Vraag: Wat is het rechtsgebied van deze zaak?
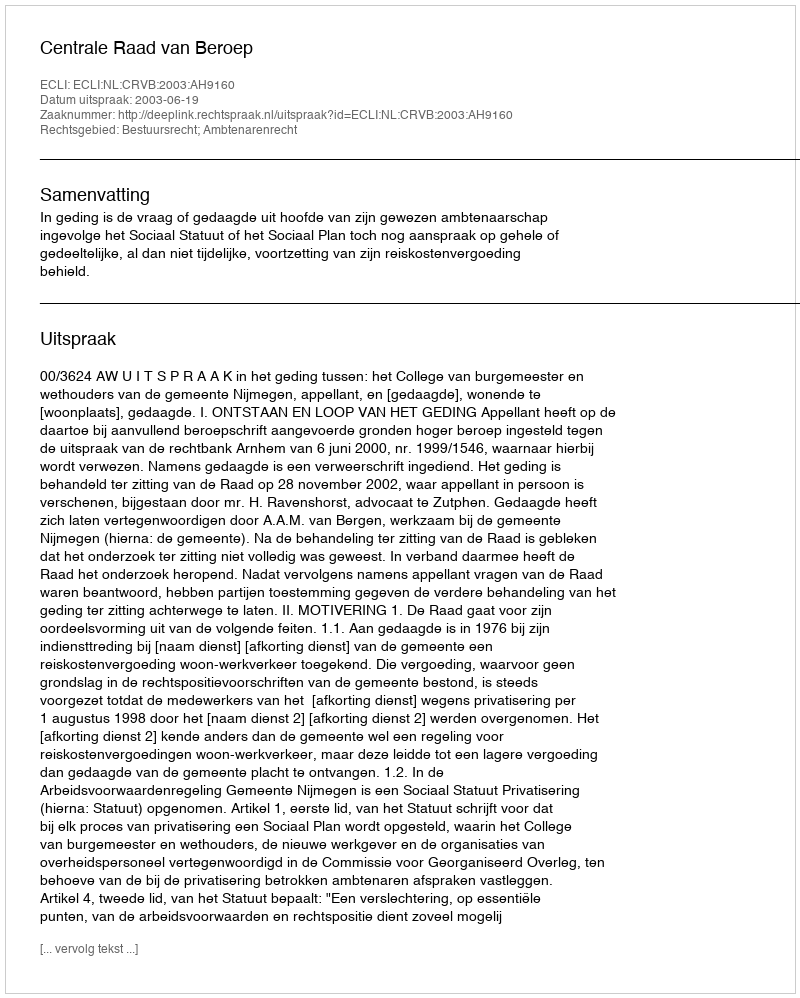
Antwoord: Bestuursrecht; Ambtenarenrecht